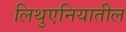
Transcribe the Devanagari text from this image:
लिथुएनियातील